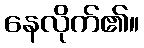
နေလိုက်၏။